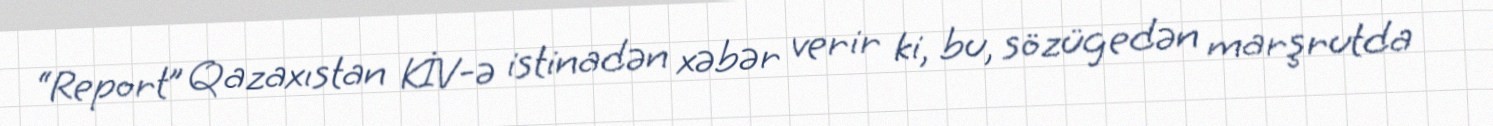
“Report” Qazaxıstan KİV-ə istinadən xəbər verir ki, bu, sözügedən marşrutda